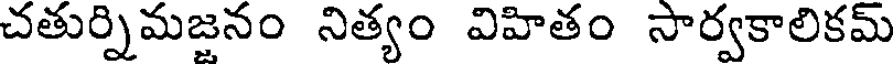
చతుర్నిమజనం నిత్యం విహితం సార్వకాలికమ్